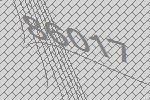
86017